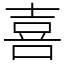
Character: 喜